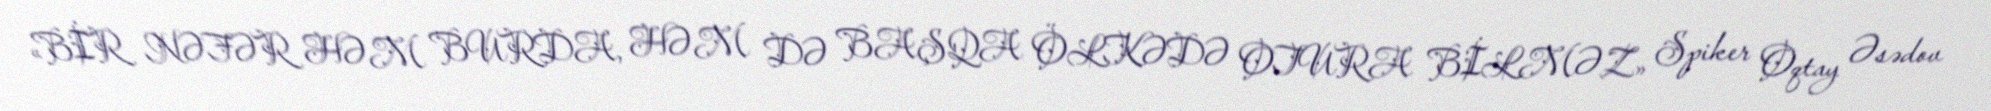
«BİR NƏFƏR HƏM BURDA, HƏM DƏ BAŞQA ÖLKƏDƏ OTURA BİLMƏZ» Spiker Oqtay Əsədov